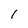
Character: 1